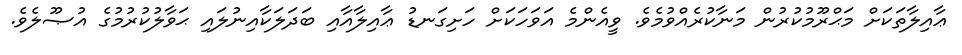
ޢާއިލާތަކަށް މަޙްރޫމުކުރުން މަނާކުރެއްވުމެވެ. ވީއެންމެ އަވަހަކަށް ހަށިގަނޑު ޢާއިލާއާއި ބަދަލަކާއިނުލައި ޙަވާލުކުރުމުގެ އުޞޫލެެވެ.